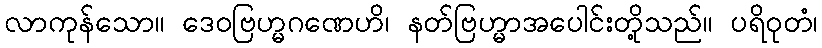
လာကုန်သော။ ဒေဝဗြဟ္မဂဏေဟိ၊ နတ်ဗြဟ္မာအပေါင်းတို့သည်။ ပရိဝုတံ၊